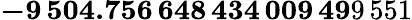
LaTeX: \mathbf{-9\, 504.756\, 648\, 434\, 009\, 49}9\, 551